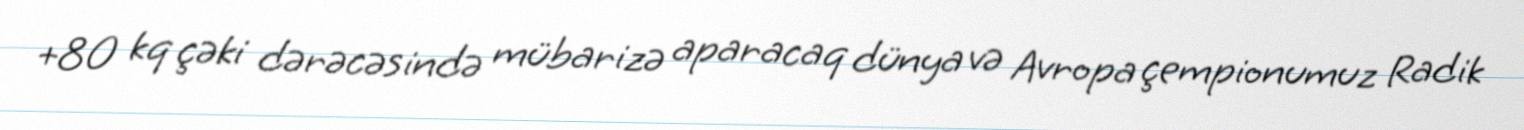
+80 kq çəki dərəcəsində mübarizə aparacaq dünya və Avropa çempionumuz Radik